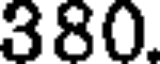
380.